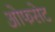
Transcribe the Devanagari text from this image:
ओफसेट